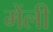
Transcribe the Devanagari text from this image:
मेंली